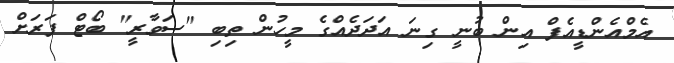
އެމްއެންޑީއެފް އިން ބުނީ ގިނަ އަދަދެއްގެ މީހުން ތިބި "ސަވާރީ" ބޯޓް ފަރަށް